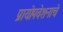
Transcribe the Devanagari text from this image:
प्रायोपवेशनाचे